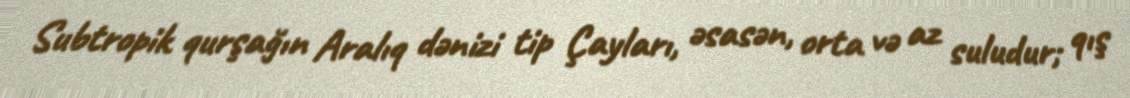
Subtropik qurşağın Aralıq dənizi tip Çayları, əsasən, orta və az suludur; qış